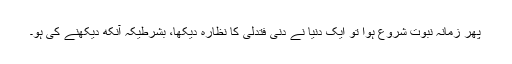
پھر زمانہ نبوت شروع ہوا تو ایک دنیا نے دَنٰی فَتَدَلّٰی کا نظارہ دیکھا، بشرطیکہ آنکھ دیکھنے کی ہو۔